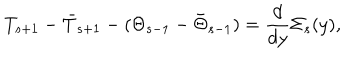
T _ { s + 1 } - \bar { T } _ { s + 1 } - ( \Theta _ { s - 1 } - \bar { \Theta } _ { s - 1 } ) = \frac { d } { d y } \Sigma _ { s } ( y ) ,